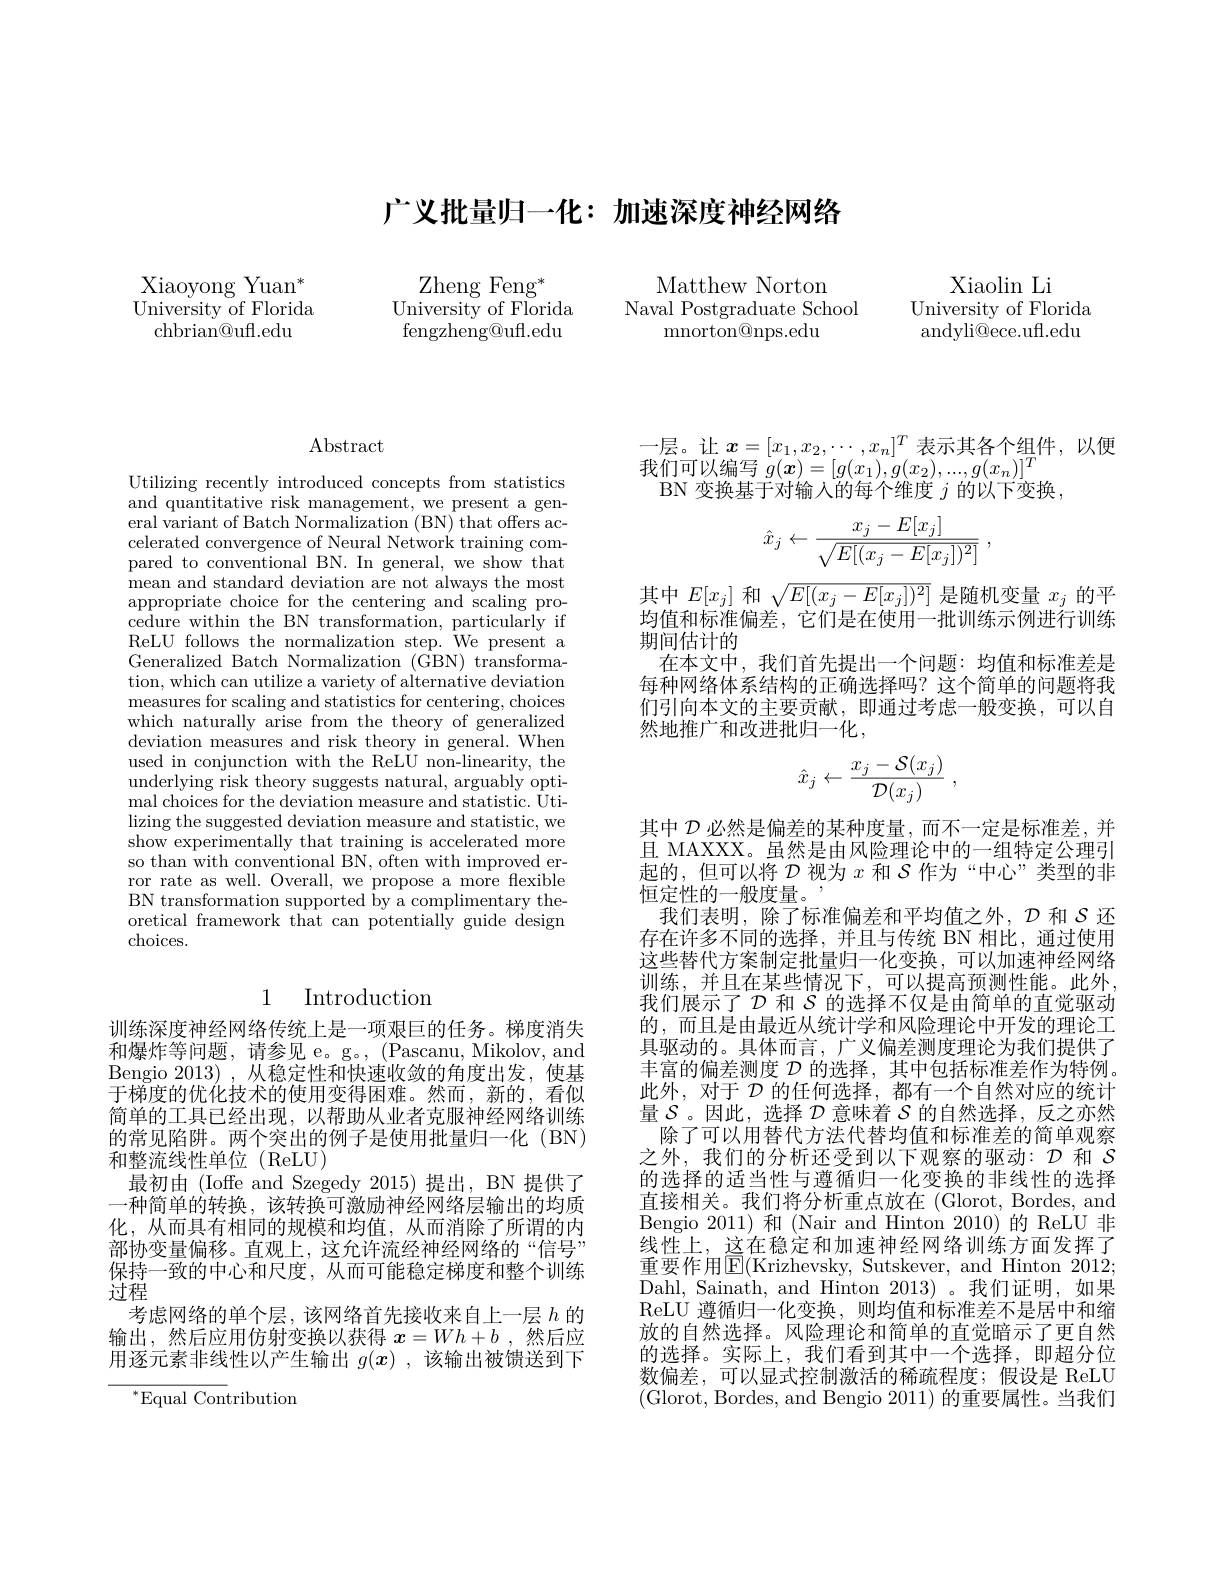
广义批量归一化：加速深度神经网络

Xiaoyong Yuan$^*$ University of Florida
chbrian@uft.edu

Xiaolin Li
University of Florida andyli@ece.uft.edu

Zheng Feng$^*$
$\bar{\text{University of Florida}}$ fengzheng@uff.edu

Matthew Norton
Naval Postgraduate School
${\mathrm{mnorton@nps.edu}}$

$\operatorname{Abstract}$

Utilizing recently introduced concepts from statistics and quantitative risk management, we present a general variant of Batch Normalization (BN) that offers accelerated convergence of Neural Network training compared to conventional BN. In general, we show that mean and standard deviation are not always the most appropriate choice for the centering and scaling procedure within the BN transformation, particularly if ReLU follows the normalization step. $\hat{\text{We present a}}$ Generalized Batch Normalization (GBN) transformation, which can utilize a variety of alternative deviation measures for scaling and statistics for centering, choices which naturally arise from the theory of generalized deviation measures and risk theory in general. When used in conjunction with the ReLU non-linearity, the underlying risk theory suggests natural, arguably optilizing the suggested deviation measure and statistic, we show experimentally that training is accelerated more so than with conventional BN, often with improved error rate as well. Overall, we propose a more flexible BN transformation supported by a complimentary theoretical framework that can potentially guide design choices.

## 1 Introduction

训练深度神经网络传统上是一项艰巨的任务。梯度消失和爆炸等问题，请参见 e。g。, (Pascanu, Mikolov, and Bengio 2013) ,从稳定性和快速收敛的角度出发，使基于梯度的优化技术的使用变得困难。然而，新的，看似简单的工具已经出现，以帮助从业者克服神经网络训练的常见陷阱。两个突出的例子是使用批量归一化 (BN) 和整流线性单位(ReLU)
最初由 (Ioffe and Szegedy 2015)提出，BN 提供了一种简单的转换，该转换可激励神经网络层输出的均质化，从而具有相同的规模和均值，从而消除了所谓的内部协变量偏移。直观上，这允许流经神经网络的“信号” 保持一致的中心和尺度，从而可能稳定梯度和整个训练过程
考虑网络的单个层，该网络首先接收来自上一层$h$的输出，然后应用仿射变换以获得$x=Wh+b$ ,然后应用逐元素非线性以产生输出$g(x)$ ,该输出被馈送到下

$^{*}$Equal Contribution

一层。让$x=[x_1,x_2,\cdots,x_n]^T$表示其各个组件，以便
我们可以编写$g(\boldsymbol x)=[g(x_1),g(x_2),...,g(x_n)]^T$
BN 变换基于对输入的每个维度$j$的以下变换，
$$\hat{x}_j\leftarrow\frac{x_j-E[x_j]}{\sqrt{E[(x_j-E[x_j])^2]}}\:,$$
其中$E[x_j]$和$\sqrt{E[(x_j-E[x_j])^2]}$是随机变量$x_j$的平均值和标准偏差，它们是在使用一批训练示例进行训练期间估计的
在本文中，我们首先提出一个问题：均值和标准差是每种网络体系结构的正确选择吗？这个简单的问题将我们引向本文的主要贡献，即通过考虑一般变换，可以自然地推广和改进批归一化，
$$\hat{x}_j\leftarrow\frac{x_j-\mathcal{S}(x_j)}{\mathcal{D}(x_j)}\:,$$
其中$\mathcal{D}$必然是偏差的某种度量，而不一定是标准差，并且 MAXXX。虽然是由风险理论中的一组特定公理引起的，但可以将$\mathcal{D}$视为$x$和$\mathcal{S}$作为“中心”类型的非恒定性的一般度量。
我们表明，除了标准偏差和平均值之外，$\mathcal{D}$ 和$\mathcal{S}$ 还存在许多不同的选择，并且与传统 BN 相比，通过使用这些替代方案制定批量归一化变换，可以加速神经网络训练，并且在某些情况下，可以提高预测性能。此外， 我们展示了$\mathcal{D}$和$S$的选择不仅是由简单的直觉驱动的，而且是由最近从统计学和风险理论中开发的理论工具驱动的。具体而言，广义偏差测度理论为我们提供了丰富的偏差测度$\mathcal{D}$的选择，其中包括标准差作为特例。此外，对于$\mathcal{D}$的任何选择，都有一个自然对应的统计量$\mathcal{S}$。因此，选择$\mathcal{D}$意味着$\mathcal{S}$的自然选择，反之亦然
除了可以用替代方法代替均值和标准差的简单观察之外，我们的分析还受到以下观察的驱动：$\mathcal{D}$和$\mathcal{S}$ 的选择的适当性与遵循归一化变换的非线性的选择直接相关。我们将分析重点放在(Glorot,Bordes,and Bengio 2011) 和 (Nair and Hinton 2010) 的 ReLU 非线性上，这在稳定和加速神经网络训练方面发挥了重要作用$\operatorname{E}($Krizhevsky, Sutskever, and Hinton 2012; Dahl, Sainath, and Hinton 2013)。我们证明，如果ReLU 遵循归一化变换，则均值和标准差不是居中和缩放的自然选择。风险理论和简单的直觉暗示了更自然的选择。实际上，我们看到其中一个选择，即超分位数偏差，可以显式控制激活的稀疏程度；假设是 ReLU (Glorot, Bordes, and Bengio 2011) 的重要属性。当我们